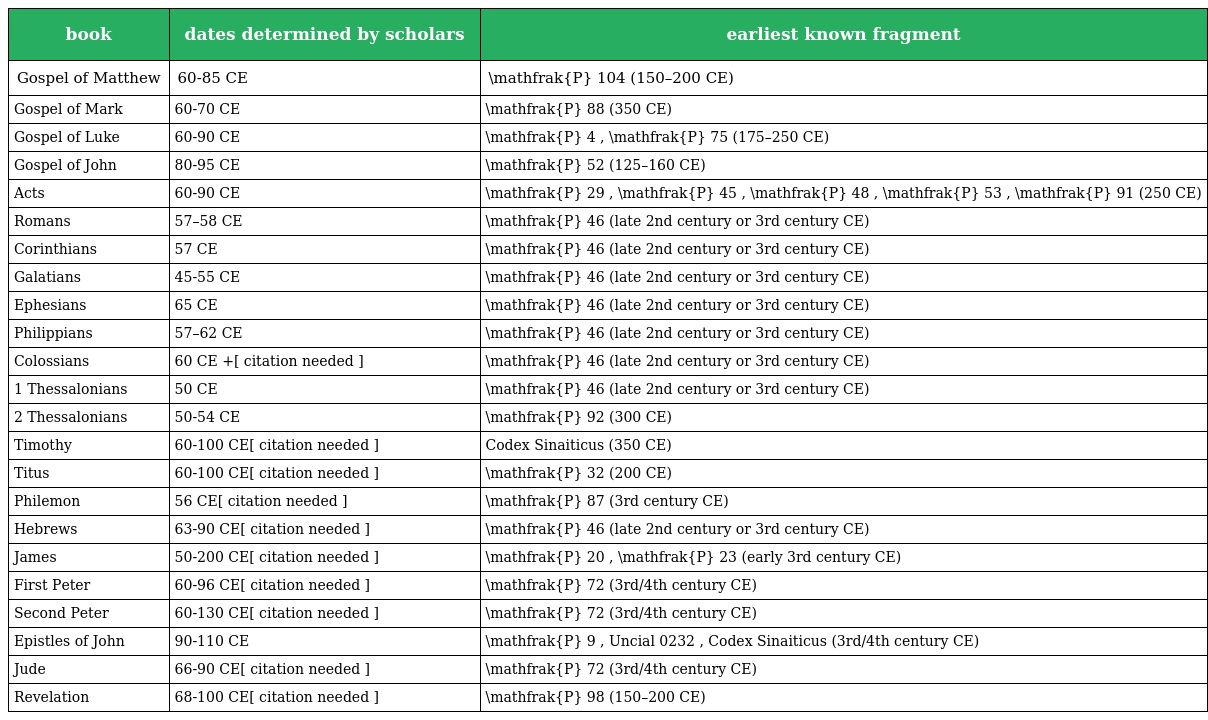
| book | dates determined by scholars | earliest known fragment |
 | --- | --- | --- |
 | Gospel of Matthew | 60-85 CE | \mathfrak{P} 104 (150–200 CE) |
 | Gospel of Mark | 60-70 CE | \mathfrak{P} 88 (350 CE) |
 | Gospel of Luke | 60-90 CE | \mathfrak{P} 4 , \mathfrak{P} 75 (175–250 CE) |
 | Gospel of John | 80-95 CE | \mathfrak{P} 52 (125–160 CE) |
 | Acts | 60-90 CE | \mathfrak{P} 29 , \mathfrak{P} 45 , \mathfrak{P} 48 , \mathfrak{P} 53 , \mathfrak{P} 91 (250 CE) |
 | Romans | 57–58 CE | \mathfrak{P} 46 (late 2nd century or 3rd century CE) |
 | Corinthians | 57 CE | \mathfrak{P} 46 (late 2nd century or 3rd century CE) |
 | Galatians | 45-55 CE | \mathfrak{P} 46 (late 2nd century or 3rd century CE) |
 | Ephesians | 65 CE | \mathfrak{P} 46 (late 2nd century or 3rd century CE) |
 | Philippians | 57–62 CE | \mathfrak{P} 46 (late 2nd century or 3rd century CE) |
 | Colossians | 60 CE +[ citation needed ] | \mathfrak{P} 46 (late 2nd century or 3rd century CE) |
 | 1 Thessalonians | 50 CE | \mathfrak{P} 46 (late 2nd century or 3rd century CE) |
 | 2 Thessalonians | 50-54 CE | \mathfrak{P} 92 (300 CE) |
 | Timothy | 60-100 CE[ citation needed ] | Codex Sinaiticus (350 CE) |
 | Titus | 60-100 CE[ citation needed ] | \mathfrak{P} 32 (200 CE) |
 | Philemon | 56 CE[ citation needed ] | \mathfrak{P} 87 (3rd century CE) |
 | Hebrews | 63-90 CE[ citation needed ] | \mathfrak{P} 46 (late 2nd century or 3rd century CE) |
 | James | 50-200 CE[ citation needed ] | \mathfrak{P} 20 , \mathfrak{P} 23 (early 3rd century CE) |
 | First Peter | 60-96 CE[ citation needed ] | \mathfrak{P} 72 (3rd/4th century CE) |
 | Second Peter | 60-130 CE[ citation needed ] | \mathfrak{P} 72 (3rd/4th century CE) |
 | Epistles of John | 90-110 CE | \mathfrak{P} 9 , Uncial 0232 , Codex Sinaiticus (3rd/4th century CE) |
 | Jude | 66-90 CE[ citation needed ] | \mathfrak{P} 72 (3rd/4th century CE) |
 | Revelation | 68-100 CE[ citation needed ] | \mathfrak{P} 98 (150–200 CE) |